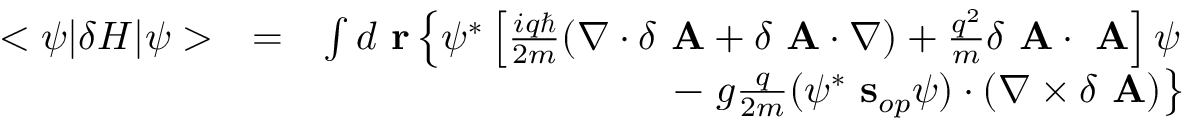
\begin{array} { r l r } { < \psi | \delta H | \psi > } & { = } & { \int d \mathrm { \bf ~ r } \left\{ \psi ^ { * } \left[ \frac { i q \hbar } { 2 m } ( \nabla \cdot \delta \mathrm { \bf ~ A } + \delta \mathrm { \bf ~ A } \cdot \nabla ) + \frac { q ^ { 2 } } { m } \delta \mathrm { \bf ~ A } \cdot \mathrm { \bf ~ A } \right] \psi \right. } \\ & { } & { \; \; \; \; \; \; \; \; \; \; \; - \left. g \frac { q } { 2 m } ( \psi ^ { * } \mathrm { \bf ~ s } _ { o p } \psi ) \cdot \left( \nabla \times \delta \mathrm { \bf ~ A } \right) \right\} } \end{array}